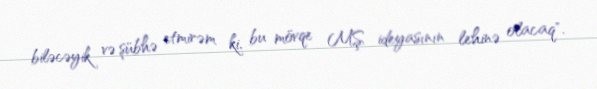
biləcəyik və şübhə etmirəm ki, bu mövqe MŞ ideyasının lehinə olacaq".